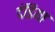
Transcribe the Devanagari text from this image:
दंडिया